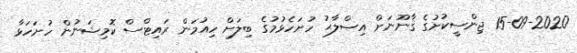
15-09-2020 ޖިންސީކުށުގެ ޤާނޫނަށް އިޞްލާޙު ހުށަހެޅުމުގެ ބިލަށް ހިއުމަން ރައިޓްސް ކޮމިޝަނުން ހުށަހަޅާ